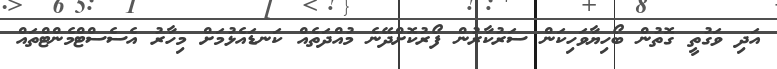
އަދި ވަގުތީ ގޮތުން ބޯހިޔާވަހިކަން ސަރުކާރުން ފޯރުކޮށްދޭނެ މުއްދަތެއް ކަނޑައެޅުމަށް މިހާރު އެސެސްޓްމެންޓްތައް